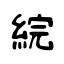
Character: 綄